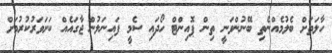
ހާލަތަށް ބެލުމެއްނެތި ބޭނުންވަނީ ތިން ޕޮއިންޓް ހޯދައި ސެމީ ފައިނަލުން ޖާގައެއް ކަށަވަރުކުރުމަށް